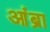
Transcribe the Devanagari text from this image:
आंब्रा